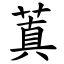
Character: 蒖